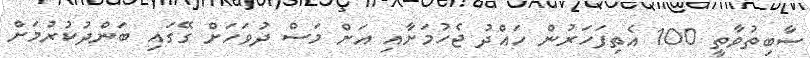
ސާބިތުވާތީ 100 އެތިފަހަރުން ހައްދު ޖެހުމަށާއި އަށް މަސް ދުވަހަށް ގޭގައި ބަންދުކުރުމަށް